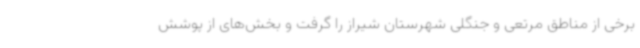
برخی از مناطق مرتعی و جنگلی شهرستان شیراز را گرفت و بخش‌های از پوشش